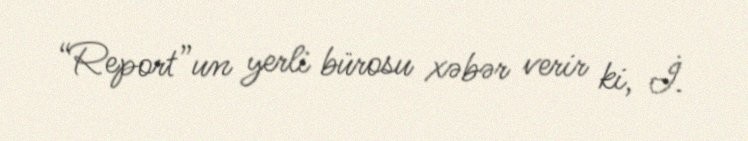
“Report”un yerli bürosu xəbər verir ki, İ.